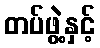
တပ်ဖွဲ့နှင့်